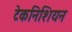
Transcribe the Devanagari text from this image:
टेकनिशियन